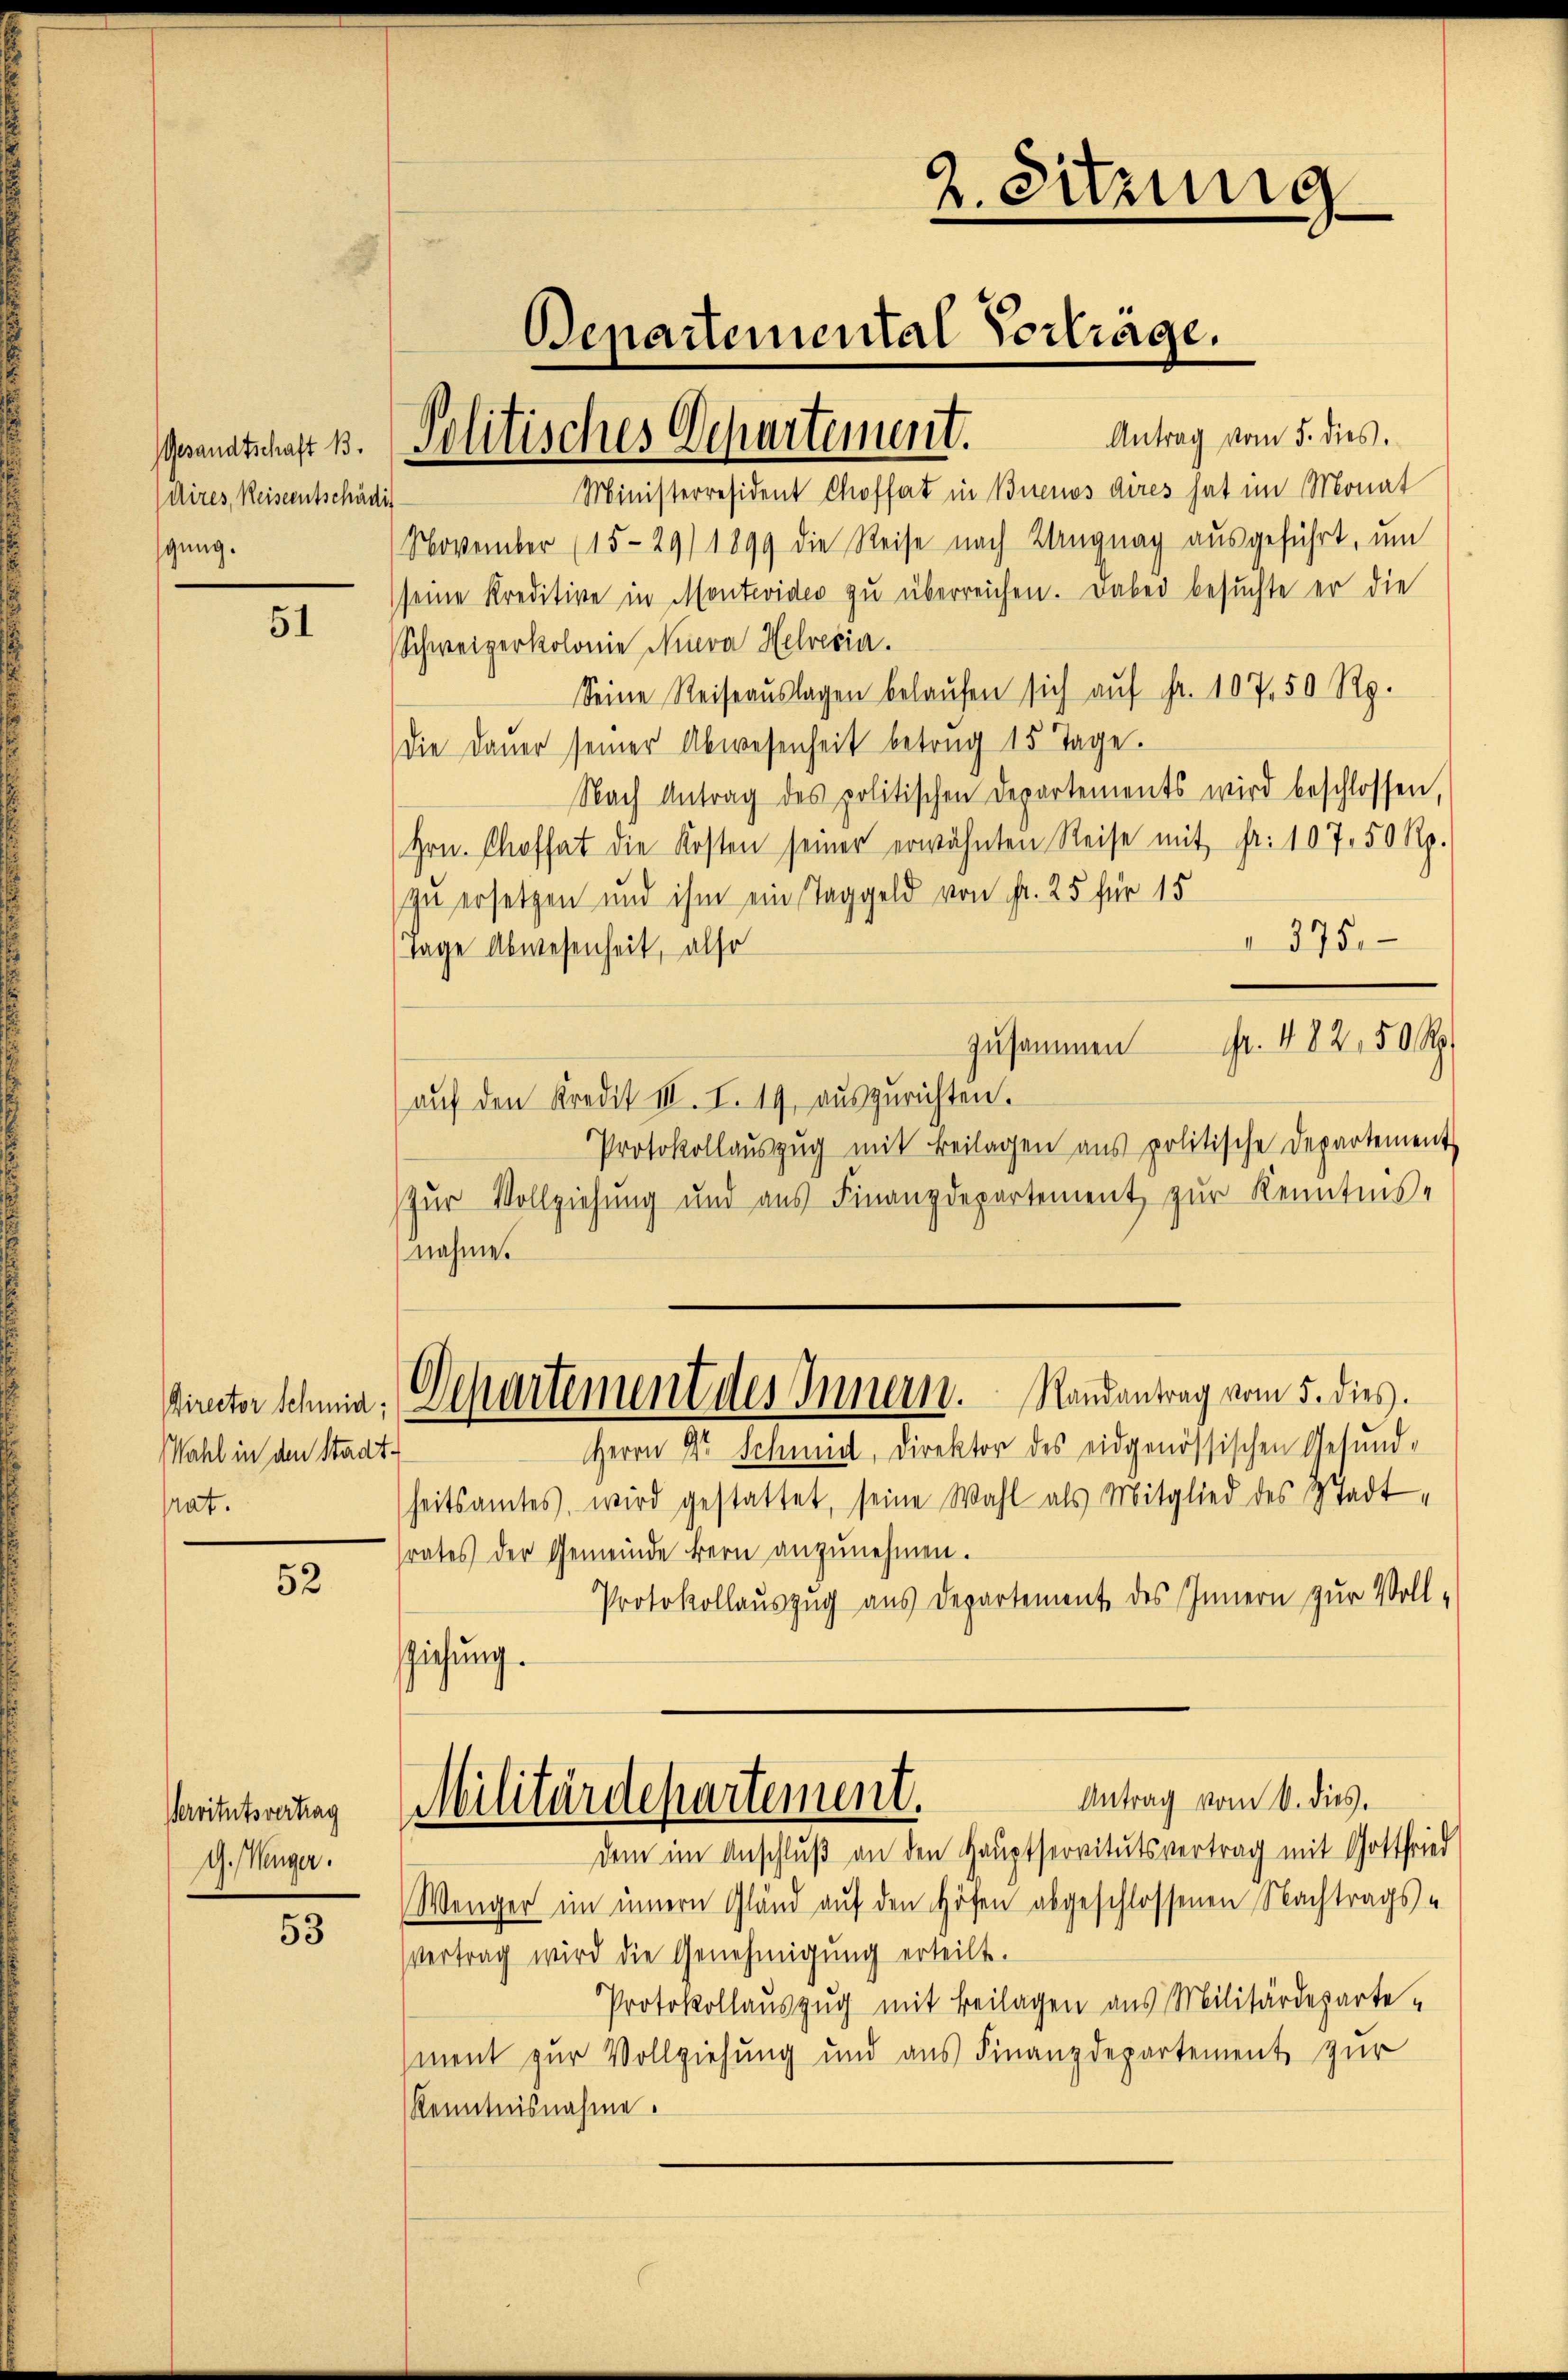
Gesandtschaft B.
dires, Reiseentschädig
gung.

51

Wahl in den Stadt-
rat.

52

Servitutsvertrag
G.Müger.

53

Politisches Departement.

November (15-29/ 1899 die Reise nach Langnag ausgeführt, um
seine Kreditive in Montevideo zŭ überreichen. Dabei besŭchte er die
Schweizerkolonie Niva Helvetia.
Seine Reiseaŭslagen belaŭfen sich aŭf Fr. 107, 50 Rp.
Die Daŭer seiner Abwesenheit betrag 15 Tage.
Nach Antrag des politischen Departements wird beschlossen,
Hrn. Chofhat die Kosten seiner erwähnten Reise mit fr. 107, 50 Rp.
zu ersetzen und ihm ein Taggeld von fr. 25 für 15
375.
Tage Abwesenheit, also
. 482, 50 R
zusammen
aŭf den Kredit III. I. 19 aŭszŭrichten.
Protokollauszug mit Beilagen aus politische Departement
Zur Vollziehung und aus Finanzdepartement zur Kenntnis-
nahme.
Director Schmid. Departement des Innern. Randantrag vom 5. dies
Herrn Dr. Schmid, Direktor des eidgenössischen Gesŭnd-
heitsamtes, wird gestattet, seine Wahl als Mitglied des Stadt,
srates der Gemeinde Bern anzunehmen.
Protokollauszug aus Departement des Innern zur Voll-
sziehung.

2. Sitzung
.
Departemental Vorträge.
Antrag vom 5. dies.
Ministerresident Choffart in Buenos dires hat im Monat

Antrag vom 8. dies.
Militärdepartement.
dem im Anschluß an den Hauptservitutsvertrag mit Gottfried

Wenger im innern Gland aŭf den Höfen abgeschlossenen Nachtrags-
Vertrag wird die Genehmigŭng erteilt.
Protokollauszug mit Beilagen aus Militärdeparte-
ment zur Vollziehung und aus Finanzdepartement zur
Kenntnisnahme.